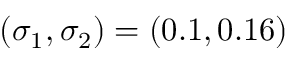
( \sigma _ { 1 } , \sigma _ { 2 } ) = ( 0 . 1 , 0 . 1 6 )